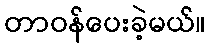
တာဝန်ပေးခဲ့မယ်။